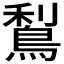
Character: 𪁐